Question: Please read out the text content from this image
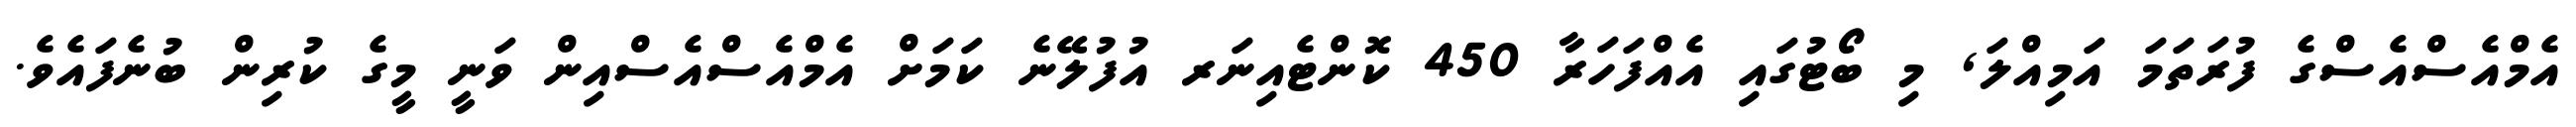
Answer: އެމްއެސްއެސްގެ ފުރަތަމަ އަމިއްލަ, މި ބޯޓުގައި އެއްފަހަރާ 450 ކޮންޓެއިނަރ އުފުލޭނެ ކަމަށް އެމްއެސްއެސްއިން ވަނީ މީގެ ކުރިން ބުނެފައެވެ.